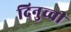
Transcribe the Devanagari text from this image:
दिनुच्ची